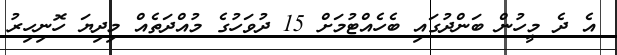
އެ ދެ މީހުން ބަންދުގައި ބެހެއްޓުމަށް 15 ދުވަހުގެ މުއްދަތެއް މިދިޔަ ހޮނިހިރު